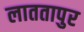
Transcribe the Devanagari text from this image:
लाततापुर